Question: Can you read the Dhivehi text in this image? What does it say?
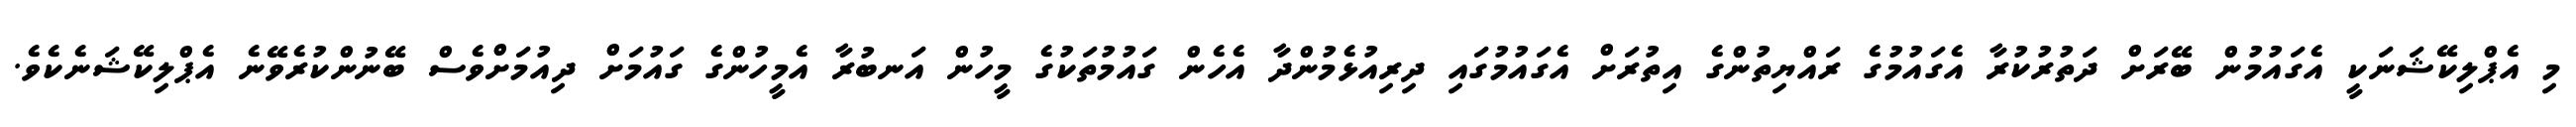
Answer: މި އެޕްލިކޭޝަނަކީ އެގައުމުން ބޭރަށް ދަތުރުކުރާ އެގައުމުގެ ރައްޔިތުންގެ އިތުރަށް އެގައުމުގައި ދިރިއުޅެމުންދާ އެހެން ގައުމުތަކުގެ މީހުން އަނބުރާ އެމީހުންގެ ގައުމަށް ދިއުމަށްވެސް ބޭނުންކުރެވޭނެ އެޕްލިކޭޝަނެކެވެ.